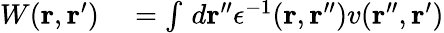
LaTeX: \begin{array}{rl}{W(\mathbf{r},\mathbf{r}^{\prime})}&{{}=\int\, d\mathbf{r}^{\prime\prime}\epsilon^{-1}(\mathbf{r},\mathbf{r}^{\prime\prime})v(\mathbf{r}^{\prime\prime},\mathbf{r}^{\prime})}\end{array}